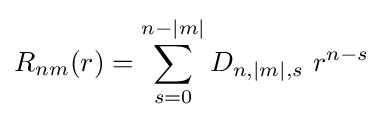
R_{nm}(r)=\sum _{s=0}^{n-|m|}D_{n,|m|,s}\ r^{n-s}